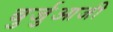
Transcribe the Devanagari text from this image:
बुर्जुआजी